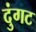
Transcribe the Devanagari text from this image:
दुंगट